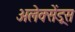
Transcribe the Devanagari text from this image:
अलेक्सेंड्रस